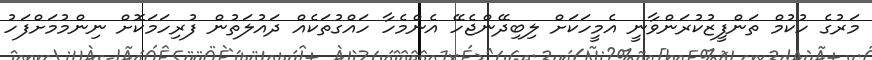
މަރުގެ ހުކުމް ތަންފީޒުކުރަންވާނީ އެމީހަކަށް ލިބިދޭންޖެހޭ އެންމެހާ ހައްގުތަކެއް ދައުލަތުން ފުރިހަމަކޮށް ނިންމުމަށްފަހު